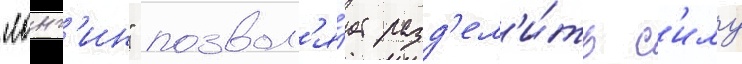
"лонг'ин" позвол'я́ет разд'ел'и́ть с'илу